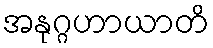
အနုဂ္ဂဟာယာတိ